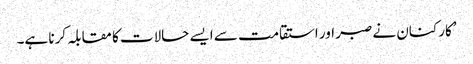
’کارکنان نے صبر اور استقامت سے ایسے حالات کا مقابلہ کرنا ہے۔